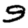
Digit: 9